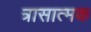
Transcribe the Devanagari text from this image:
त्रासात्मक